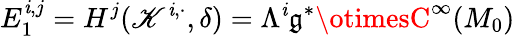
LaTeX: E_{1}^{\mathit{i},j}=H^{j}(\mathscr{K}^{\mathit{i},\cdot},\delta)=\Lambda^{\mathit{i}}{\mathfrak{{g}}}^{*}\otimesC^{\infty}(M_{0})